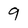
Character: 9